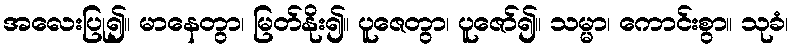
အလေးပြု၍။ မာနေတွာ၊ မြတ်နိုး၍။ ပူဇေတွာ၊ ပူဇော်၍။ သမ္မာ၊ ကောင်းစွာ။ သုခံ၊